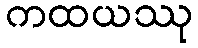
ကထယဿု